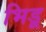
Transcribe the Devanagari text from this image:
भिडू